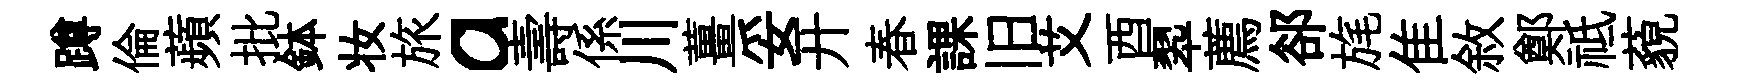
蹲倫蘋批鉢妆旅a壽係川薑妥开春課旧艾酉翆薦郤旄隹敘鄭祗藐